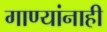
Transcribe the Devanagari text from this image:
गाण्यांनाही